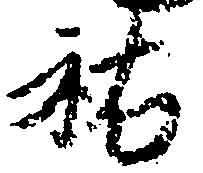
祐